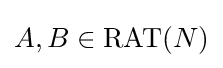
A,B\in \mathrm {RAT} (N)